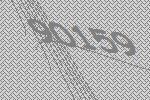
90159